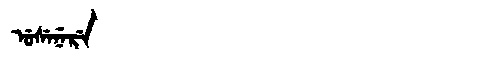
Manchu: ᡠᠰᡝᠨᡝᡵᡝ
Romanization: USENERE